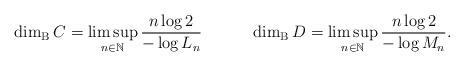
LaTeX: \begin{align*} \dim_{\rm B}C&=\limsup_{n\in\mathbb{N}}\frac{n\log 2}{-\log L_{n}} &\dim_{\rm B}D&=\limsup_{n\in\mathbb{N}}\frac{n\log 2}{-\log M_{n}}. \end{align*}